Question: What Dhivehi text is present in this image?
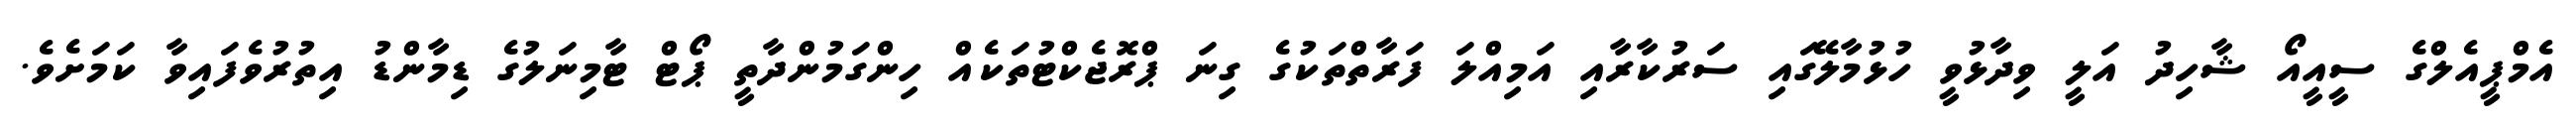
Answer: އެމްޕީއެލްގެ ސީއީއޯ ޝާހިދު އަލީ ވިދާޅުވީ ހުޅުމާލޭގައި ސަރުކާރާއި އަމިއްލަ ފަރާތްތަކުގެ ގިނަ ޕްރޮޖެކްޓުތަކެއް ހިންގަމުންދާތީ ޕޯޓް ޓާމިނަލުގެ ޑިމާންޑު އިތުރުވެފައިވާ ކަމަށެވެ.